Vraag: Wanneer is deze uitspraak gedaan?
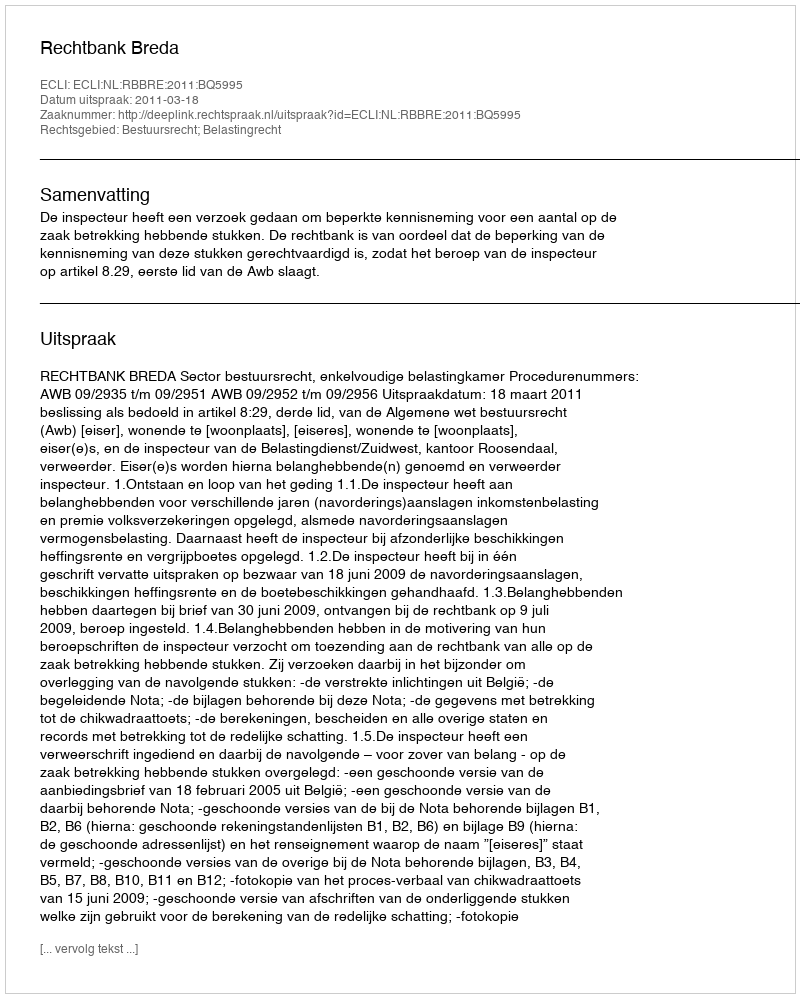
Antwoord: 2011-03-18